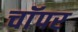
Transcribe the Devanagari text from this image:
चाॅपर